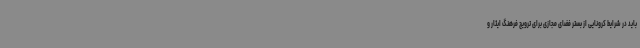
باید در شرایط کرونایی از بستر فضای مجازی برای ترویج فرهنگ ایثار و